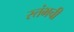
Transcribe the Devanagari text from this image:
स्तंभची